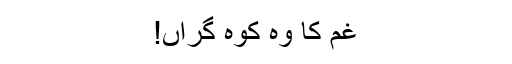
غم کا وہ کوہ گراں!